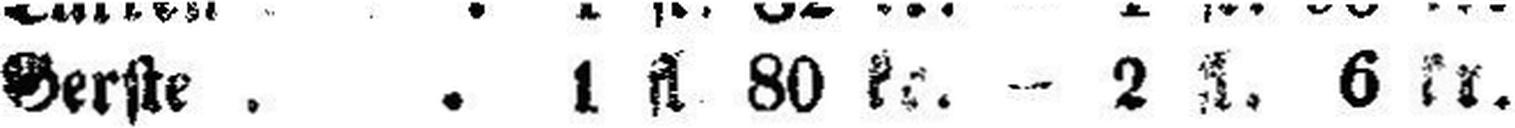
Gerste . . . 1 fl 80 kr. — 2 fl. 6 kr.